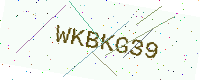
Text: WKBKG39